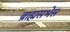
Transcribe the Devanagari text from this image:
ब्राह्मसभेस